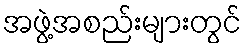
အဖွဲ့အစည်းများတွင်